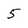
Character: 5